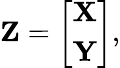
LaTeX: \mathbf{Z}=\left[\begin{array}{c}{\mathbf{X}}\\ {\mathbf{Y}}\end{array}\right],